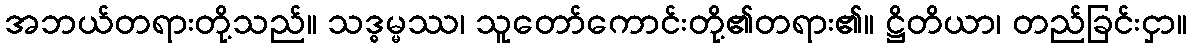
အဘယ်တရားတို့သည်။ သဒ္ဓမ္မဿ၊ သူတော်ကောင်းတို့၏တရား၏။ ဋ္ဌိတိယာ၊ တည်ခြင်းငှာ။